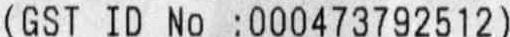
(GST ID NO :000473792512)